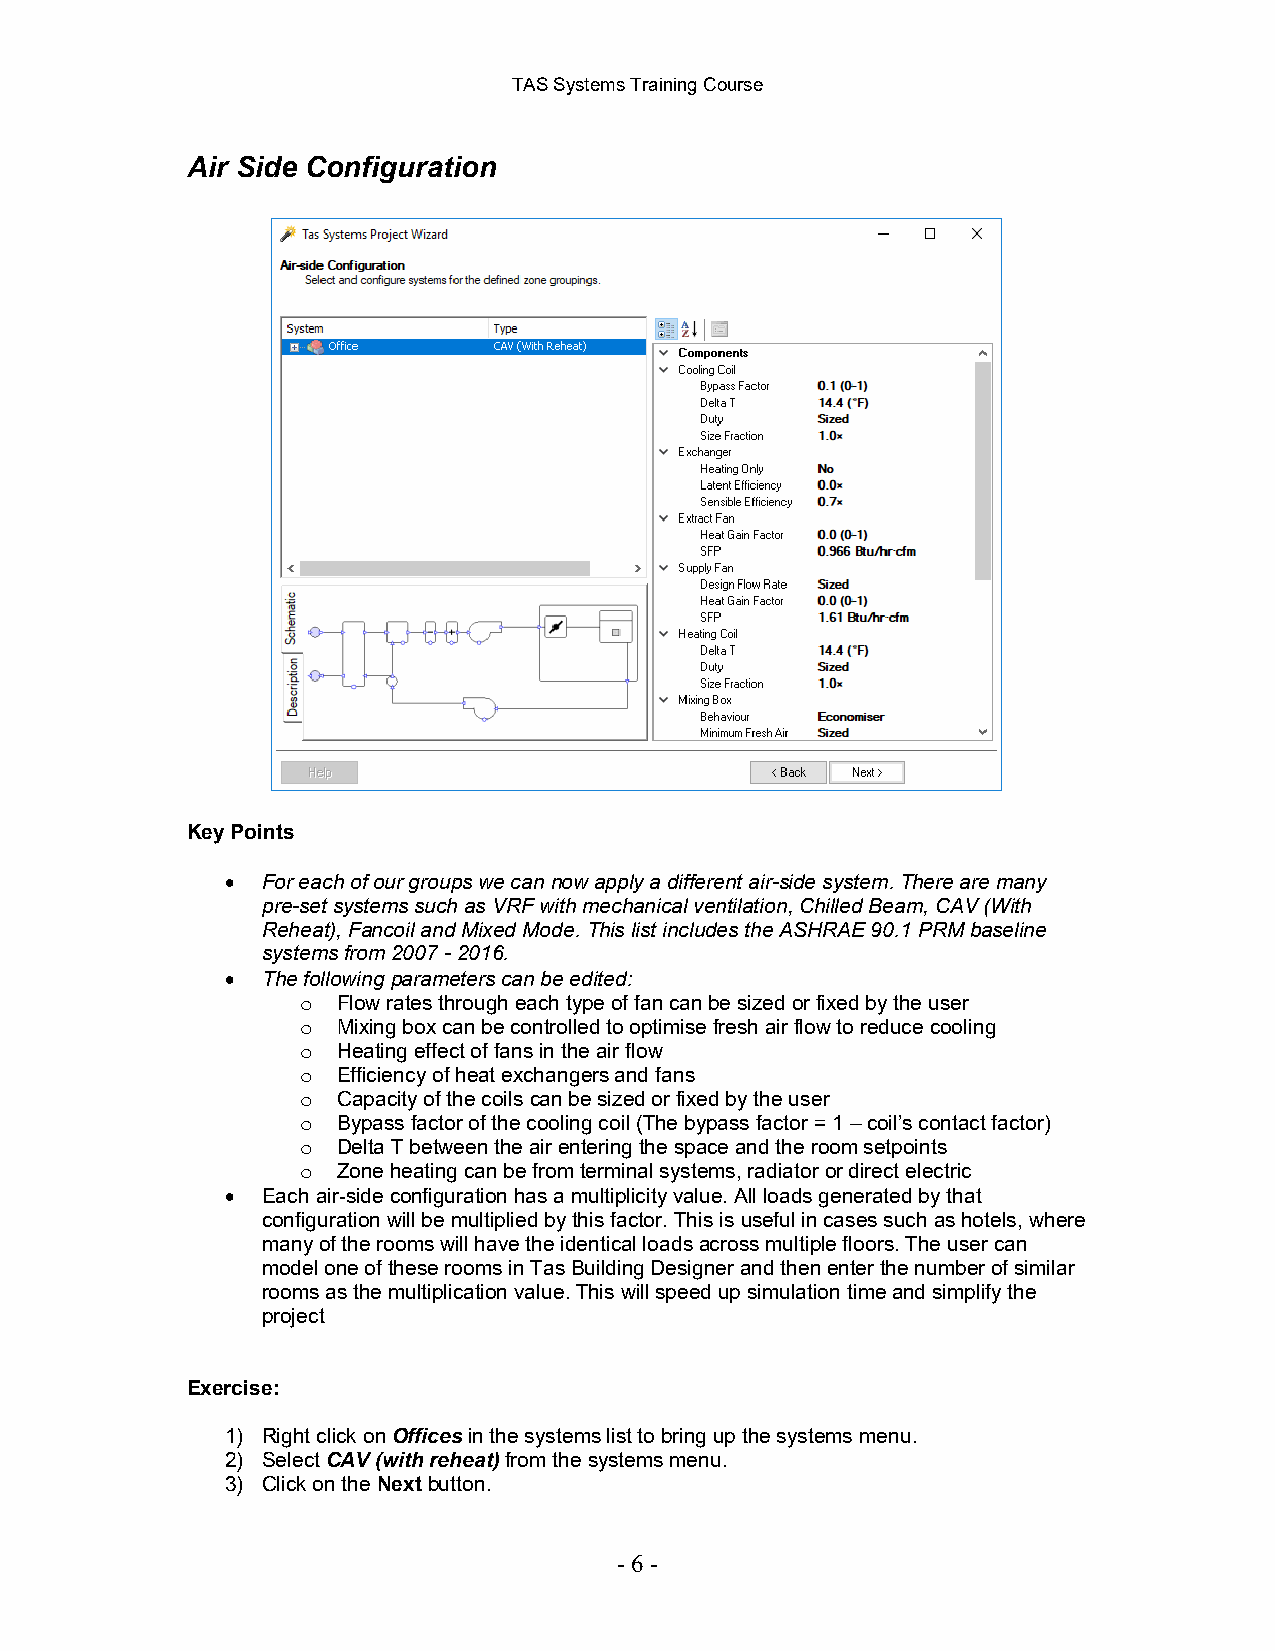
TAS Systems Training Course
 Air Side Configuration
 Key Points
 • For each of our groups we can now apply a different air-side system. There are many
 pre-set systems such as VRF with mechanical ventilation, Chilled Beam, CAV (With
 Reheat), Fancoil and Mixed Mode. This list includes the ASHRAE 90.1 PRM baseline
 systems from 2007 - 2016.
 • The following parameters can be edited:
 Flow rates through each type of fan can be sized or fixed by the user
 o
 Mixing box can be controlled to optimise fresh air flow to reduce cooling
 o
 Heating effect of fans in the air flow
 o
 Efficiency of heat exchangers and fans
 o
 Capacity of the coils can be sized or fixed by the user
 o
 Bypass factor of the cooling coil (The bypass factor = 1 – coil’s contact factor)
 o
 Delta T between the air entering the space and the room setpoints
 o
 Zone heating can be from terminal systems, radiator or direct electric
 o
 • Each air-side configuration has a multiplicity value. All loads generated by that
 configuration will be multiplied by this factor. This is useful in cases such as hotels, where
 many of the rooms will have the identical loads across multiple floors. The user can
 model one of these rooms in Tas Building Designer and then enter the number of similar
 rooms as the multiplication value. This will speed up simulation time and simplify the
 project
 Exercise:
 1) Right click on Offices in the systems list to bring up the systems menu.
 2) Select CAV (with reheat) from the systems menu.
 3) Click on the Next button.
 - 6 -